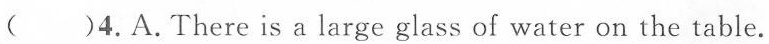
( )4.A.There is a large glass of water on the table.